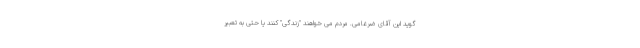
گوید این آقای ضرغامی. مردم می خواهند "زندگی" کنند یا حتی به تعبیر